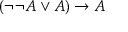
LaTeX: ( \neg \neg A \lor A ) \rightarrow A